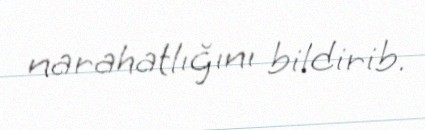
narahatlığını bildirib.